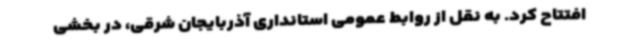
افتتاح کرد. به نقل از روابط عمومی استانداری آذربایجان شرقی، در بخشی